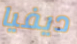
ديفيا